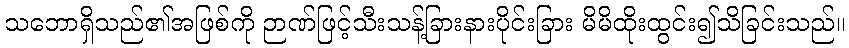
သဘောရှိသည်၏အဖြစ်ကို ဉာဏ်ဖြင့်သီးသန့်ခြားနားပိုင်းခြား မိမိထိုးထွင်း၍သိခြင်းသည်။